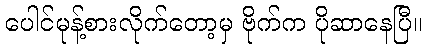
ပေါင်မုန့်စားလိုက်တော့မှ ဗိုက်က ပိုဆာနေပြီ။